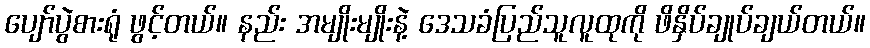
ပျော်ပွဲစားရုံ ဖွင့်တယ်။ နည်း အမျိုးမျိုးနဲ့ ဒေသခံပြည်သူလူထုကို ဖိနှိပ်ချုပ်ချယ်တယ်။